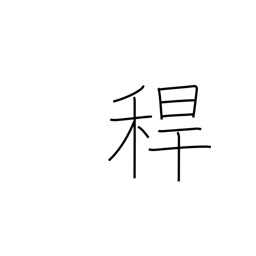
Meaning: hollow stem